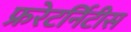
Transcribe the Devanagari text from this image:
फ्ररेटर्निटीस